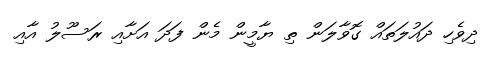
ދިވެހި ދައުލަތައް ގޮވާލަން ތި ޔާމީން މެން ފަދަ އަށާއި ރަސޫލު އާއި